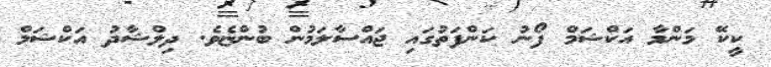
ކީކޭ މަންމާ އަކްޝަމް ފޯނު ކަންފަތުގައި ޖައްސާލަމުން ބުންޏެވެ. ދިލްޝާދު އަކްޝަމް